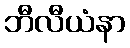
ဘီလီယံနာ